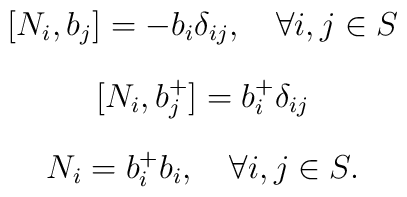
\begin{array}{c}[N_{i},b_{j}]=-b_{i} \delta_{ij},\quad \forall i,j \in S\\[4mm][N_{i},b_{j}^{+}]=b_{i}^{+} \delta_{ij}\\[4mm]N_{i}=b_{i}^{+}b_{i}, \quad \forall i,j \in S.\end{array}